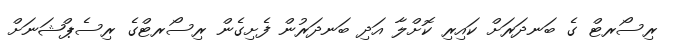
ރިސޯރޓް ގެ ބަނދަރަށް ކައިރި ކޮށްލާ އަދި ބަނދަރުން ފެށިގެން ރިސޯރޓްގެ ރިސެޕްޝަނަށް